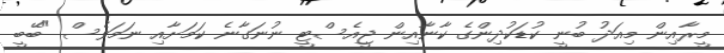
މީރާއިން މިއަދު ބުނީ ކުޑަކުދިންގެ ކާނާއިން ޖީއެސްޓީ ނުނަގާނެ ކަމަށާއި ނަމަވެސް "ބޭބީ